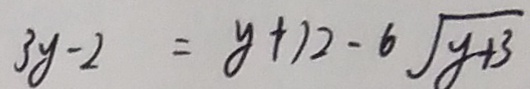
3 y - 2 = y + 1 2 - 6 \sqrt { y + 3 }